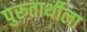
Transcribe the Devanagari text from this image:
पुरूतार्थीला